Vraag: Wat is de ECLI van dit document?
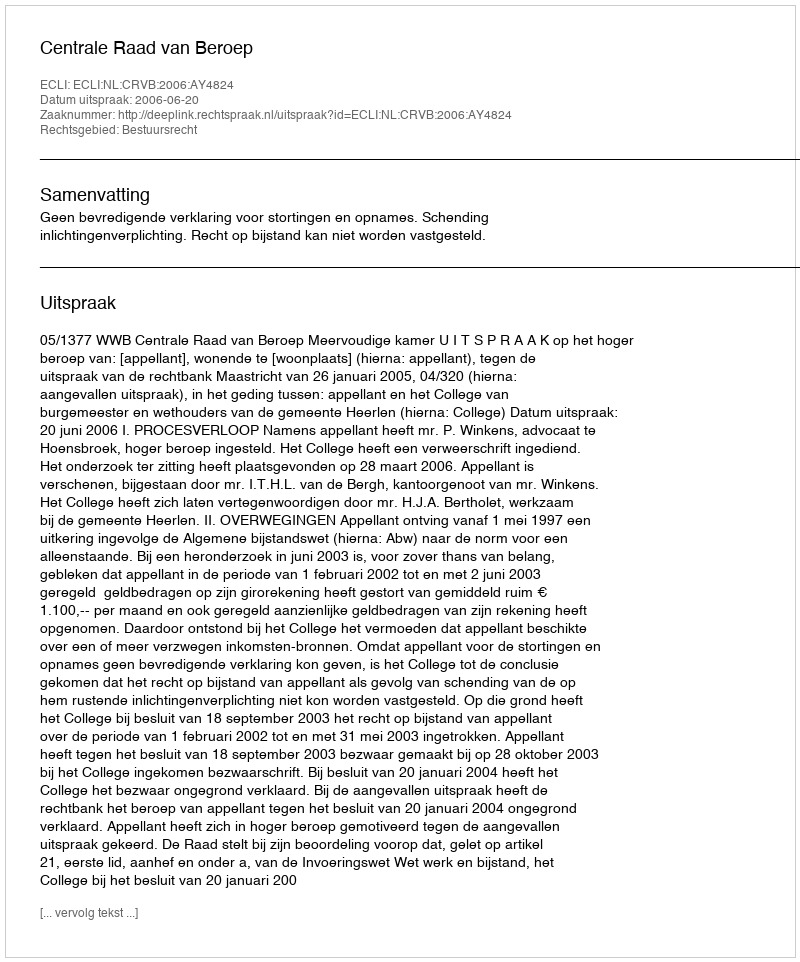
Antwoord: ECLI:NL:CRVB:2006:AY4824